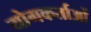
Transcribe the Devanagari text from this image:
योगकर्ताओं